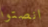
انصتوا